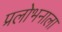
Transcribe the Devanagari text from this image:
प्रलोभनाला